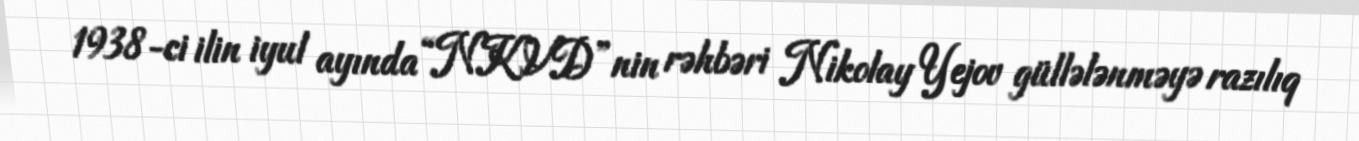
1938-ci ilin iyul ayında “NKVD”nin rəhbəri Nikolay Yejov güllələnməyə razılıq